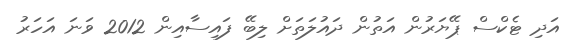
އަދި ޓެކްސް ޕޭޔަރުން އަތުން ދައުލަތަށް ލިބޭ ފައިސާއިން 2012 ވަނަ އަހަރު